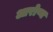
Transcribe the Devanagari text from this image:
आरोप्य